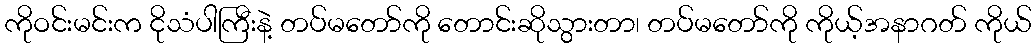
ကိုဝင်းမင်းက ငိုသံပါကြီးနဲ့ တပ်မတော်ကို တောင်းဆိုသွားတာ၊ တပ်မတော်ကို ကိုယ့်အနာဂတ် ကိုယ်